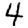
Digit: 4